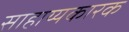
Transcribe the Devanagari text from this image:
साहाय्यकारक